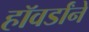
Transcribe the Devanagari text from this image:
हॉवर्डांने